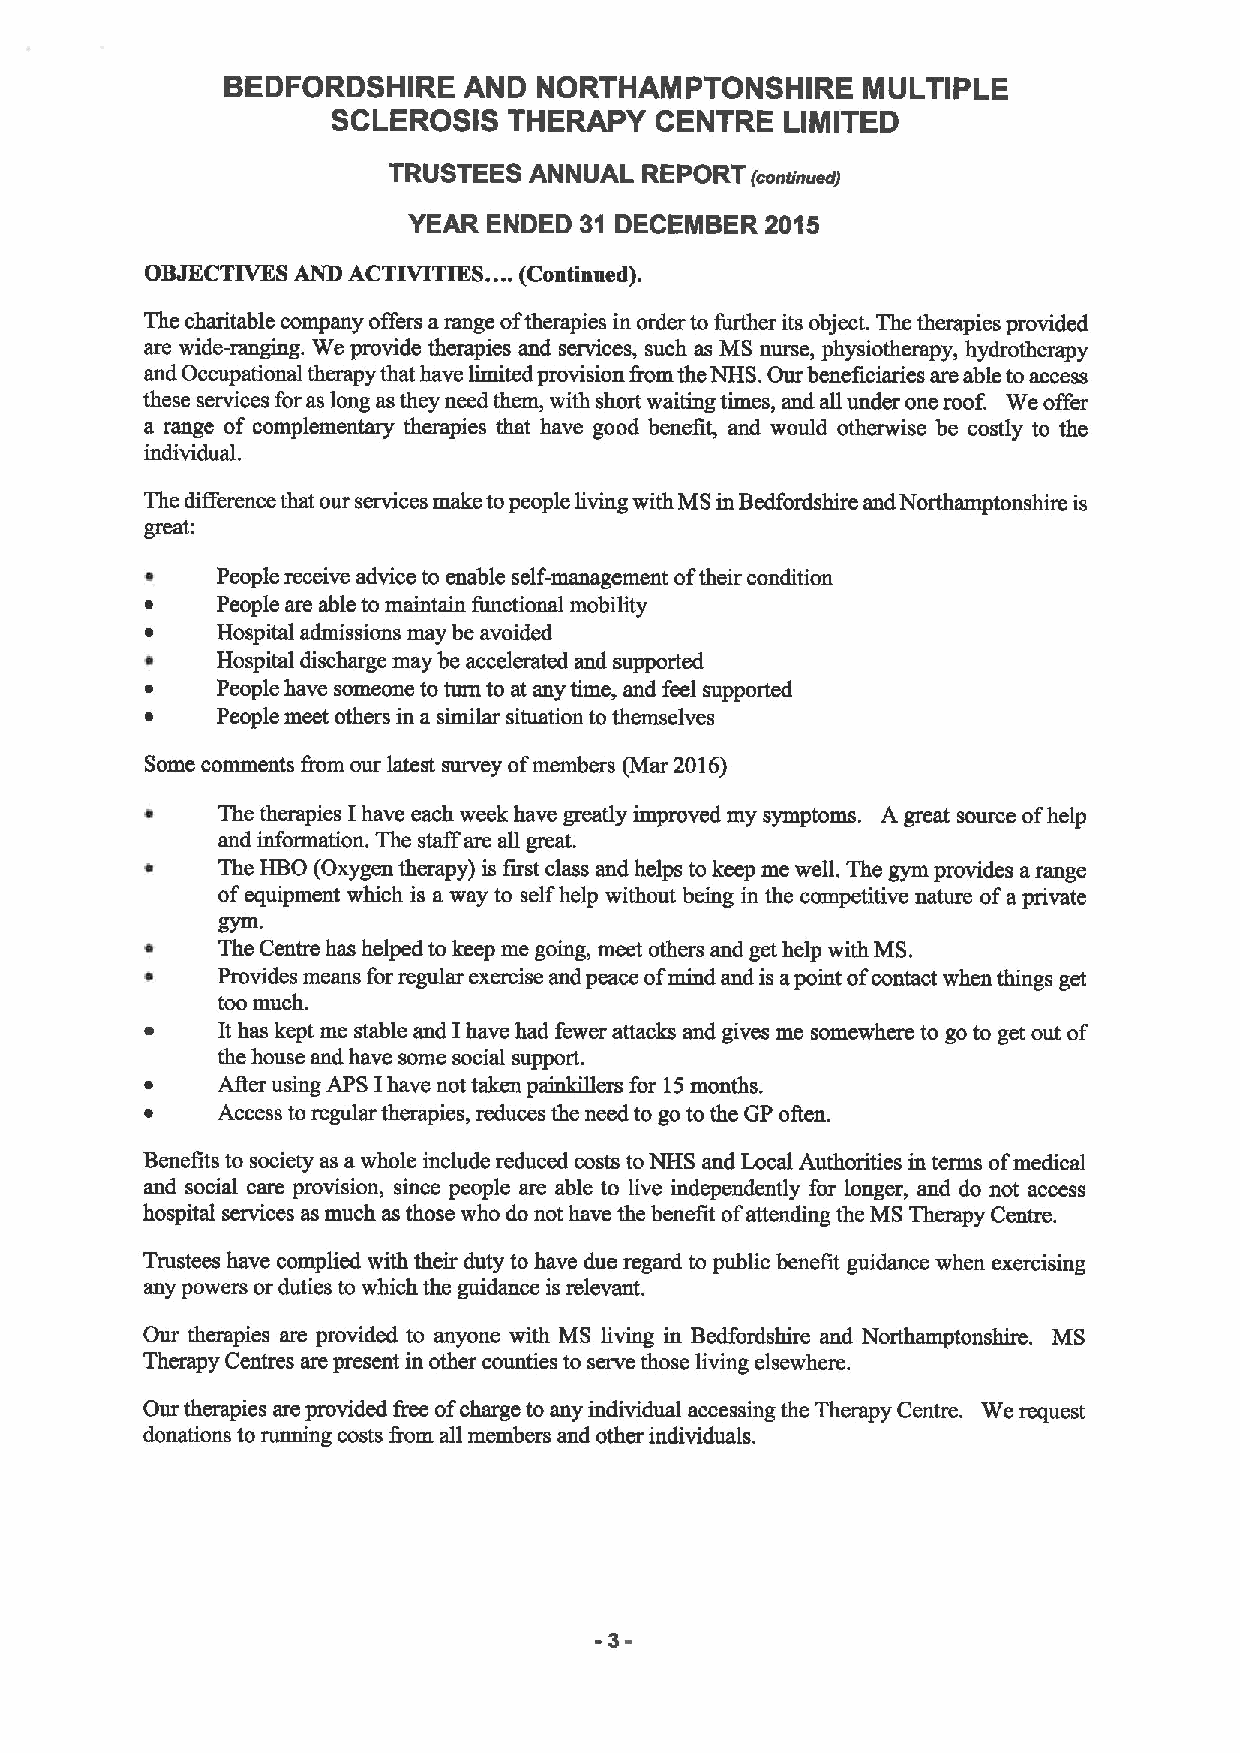
BEDFORDSHIRE    AND  NORTHAMPTONSHIRE     MULTIPLE
 SCLEROSIS   THERAPY  CENTRE   LIMITED
 TRUSTEES ANNUAL  REPORT (continuert)
 YEAR ENDED 31 DECEMBER  2015
 OBJECTIVES AND
 ACTIVITIES....
 (Continued).
 The charitable company offers arange oftherapies in order to further its object. The therapies provided
 are wide-ranging. We provide therapies and services, such as MS nurse, physiotherapy, hydrotherapy
 and Occupafional therapy that have limited provision fiom the NHS. Our beneficiaries are able toaccess
 these services for as long as they need them, with short waiting times, and all under one roof. We offer
 a range of complementary therapies that have good benefit, and would otherwise be costly to the
 individuaL
 The difference that our services make topeople living with MS in Bedfordshire and Northamptonshire is
 great:
 People receive advice to enable self-management oftheir condition
 People are able to maintain functional mobility
 Hospital admissions may be avoided
 Hospital discharge may be accelerated and supported
 People have someone to turn to at any fime, and feel supported
 People meet others in a similar situation to themselves
 Some comments fmm our latest survey ofmembers (Mar 2016)
 The therapies Ihave each week have greatly improved my symptoms. A great source ofhelp
 and information. The staff are all great.
 The HBO (Oxygen therapy) is first class and helps to keep me well. The gym provides arange
 ofequipment which is a way to self help without being in the competitive nature ofa private
 gym.
 The Centre hss helped to keep me going, meet others snd get help with MS.
 Provides means for regular exercise and peace ofmind and is apoint ofcontact when things get
 too much.
 It has kept me stable and Ihave had fewer attacks and gives me somewhere to go to get out of
 the house and have some social support.
 After using APS Ihave not taken painkillers for 15months.
 Access to regular therapies, reduces the need to go tothe GP often.
 Benefits to society as awhole include reduced costs toNHS and Local Authorities in terms ofmedical
 and social care provision, since people are able to live independently for longer, and do not access
 hospital services as much as those who do not have the benefit ofattending the MS Therapy Centre.
 Trustees have complied with their duty to have due regard to public benefit guidance when exercising
 any powers or duties to which the guidance is relevant.
 Our therapies are pmvided to anyone with MS living in Bedfordshire and Northamptonshire. MS
 Therapy Centres are present in other counties to serve those living elsewhere.
 Our therapies are provided free ofcharge to any individual accessing the Therapy Centre. We request
 donations to running costs from all members and other individuals.
 -3-